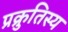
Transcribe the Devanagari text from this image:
प्रक्रुतिस्य